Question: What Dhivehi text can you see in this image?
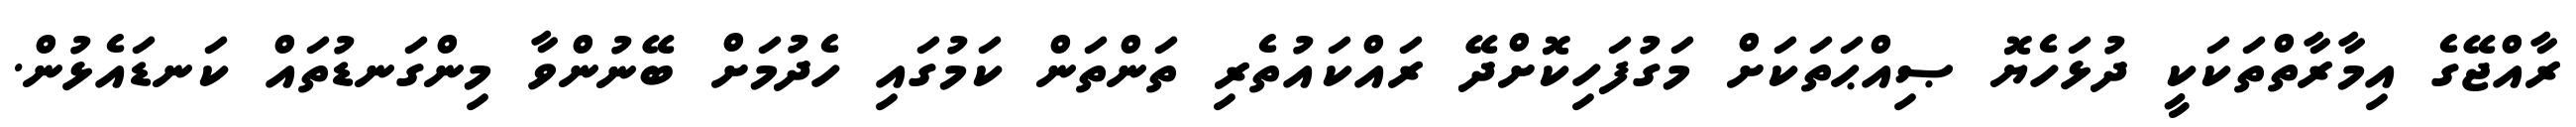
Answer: ރާއްޖޭގެ އިމާރާތްތަކަކީ ދުޅަހެޔޮ ޞިއްޙަތަކަށް މަގުފަހިކޮށްދޭ ރައްކައުތެރި ތަންތަން ކަމުގައި ހެދުމަށް ބޭނުންވާ މިންގަނޑުތައް ކަނޑައެޅުން.